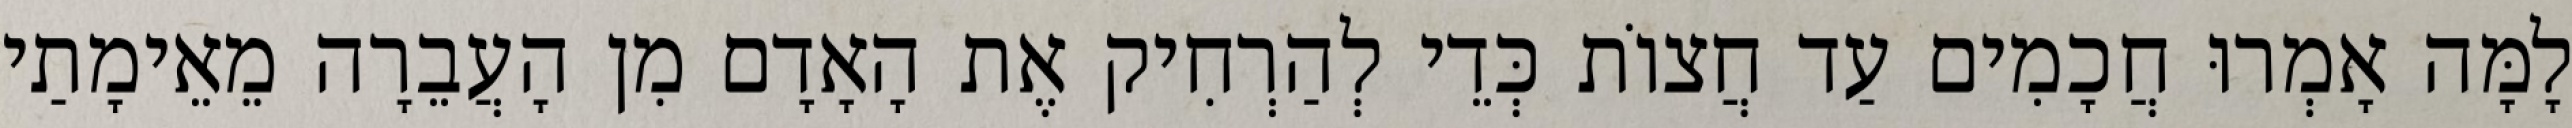
לָמָּה אָמְרוּ חֲכָמִים עַד חֲצוֹת כְּדֵי לְהַרְחִיק אֶת הָאָדָם מִן הָעֲבֵרָה מֵאֵימָתַי